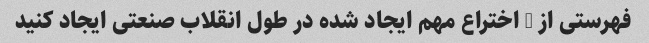
فهرستی از 5 اختراع مهم ایجاد شده در طول انقلاب صنعتی ایجاد کنید